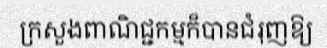
ក្រសួងពាណិជ្ជកម្មក៏បានជំរុញឱ្យ